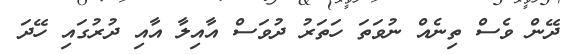
ދޭން ވެސް ތިނެއް ނުވަތަ ހަތަރު ދުވަސް އާއިލާ އާއި ދުރުގައި ހޭދަ